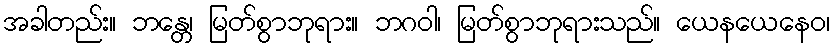
အခါတည်း။ ဘန္တေ၊ မြတ်စွာဘုရား။ ဘဂဝါ၊ မြတ်စွာဘုရားသည်။ ယေနယေနေဝ၊